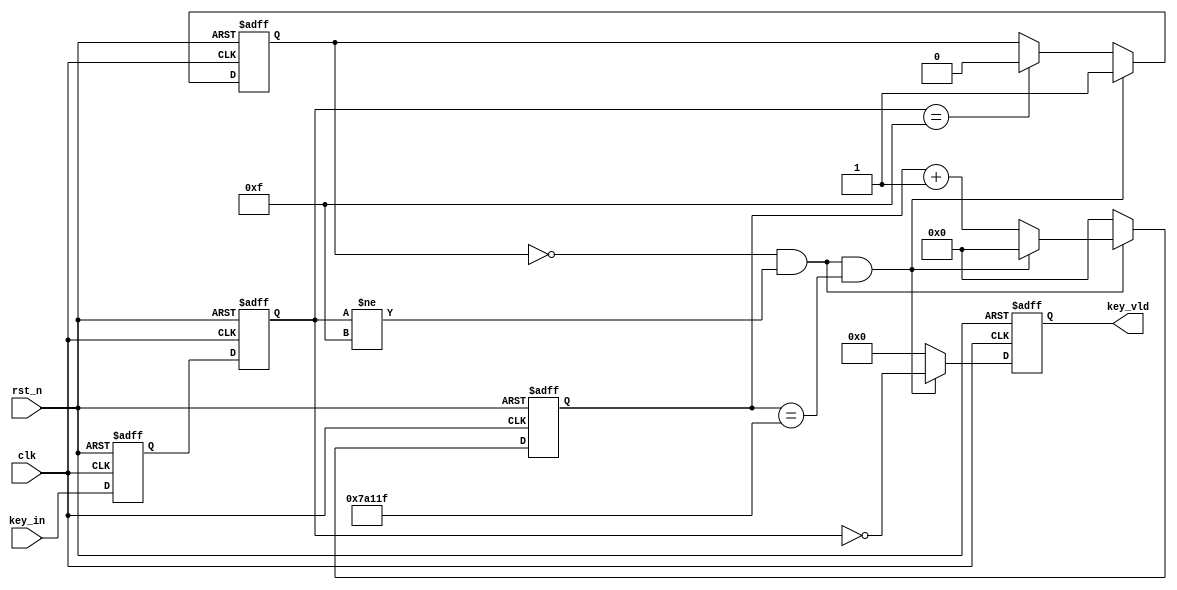
module key_module(
    clk    ,
    rst_n  ,
    key_in ,
    key_vld 
);
parameter                  	DATA_W 	  = 20          ;
parameter                  	KEY_W 	  = 4           ;
parameter               	TIME_20MS = 500_000   ;

input                    	clk                     ;
input                   	rst_n                   ;
input      [KEY_W-1 :0]		key_in                  ;
output     [KEY_W-1 :0]     key_vld                 ;
reg        [KEY_W-1 :0]     key_vld                 ;
reg        [DATA_W-1:0]     cnt                     ;
wire                       	add_cnt                 ;
wire                       	end_cnt                 ;
reg					flag                    ;
reg     [KEY_W-1 :0]        key_in_ff1              ;
reg     [KEY_W-1 :0]        key_in_ff0              ;

always  @(posedge clk or negedge rst_n)begin
    if(rst_n==1'b0)begin
        cnt <= 20'b0;
    end
    else if(add_cnt)begin
        if(end_cnt)
            cnt <= 20'b0;
        else
            cnt <= cnt + 1'b1;
    end
    else begin
        cnt <= 0;
    end
end

assign add_cnt = flag==1'b0 && (key_in_ff1 != {KEY_W{1'b1}});
assign end_cnt = add_cnt && cnt == TIME_20MS - 1;

always  @(posedge clk or negedge rst_n)begin
    if(rst_n==1'b0)begin
        flag <= 1'b0;
    end
    else if(end_cnt)begin
        flag <= 1'b1;
    end
    else if(key_in_ff1 == {KEY_W{1'b1}})begin
        flag <= 1'b0;
    end
end

always  @(posedge clk or negedge rst_n)begin
    if(rst_n==1'b0)begin
        key_in_ff0 <= 0;
        key_in_ff1 <= 0;
    end
    else begin
        key_in_ff0 <= key_in    ;
        key_in_ff1 <= key_in_ff0;
    end
end

always  @(posedge clk or negedge rst_n)begin
    if(rst_n==1'b0)begin
        key_vld <= 0;
    end
    else if(end_cnt)begin
        key_vld <= ~key_in_ff1;
    end
    else begin
        key_vld <= 0;
    end
end
endmodule